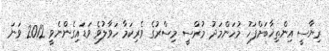
ރިޔާސީ އިންތިޚާބަށްފަހު މުހަންމަދު މުރްސީ މިސްރުގެ ވެރިކަމާ ހަވާލުވެ ވަޑައިގެންނެވީ 2012 ވަނަ